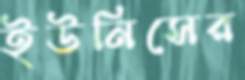
ইউনিসের